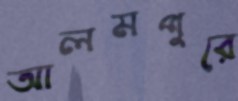
আলমপুরে